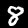
Label: 8